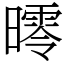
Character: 㬡